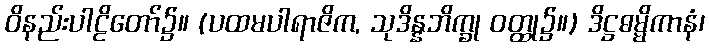
ဝိနည်းပါဠိတော်၌။ (ပထမပါရာဇိက, သုဒိန္နဘိက္ခု ဝတ္ထု၌။) ဒိဋ္ဌဓမ္မိကာနံ၊